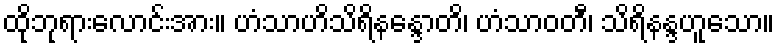
ထိုဘုရားလောင်းအား။ ဟံသာဟိသိရိနန္ဒောတိ၊ ဟံသာဝတီ၊ သိရိနန္ဒဟူသော။